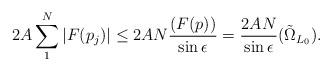
LaTeX: \begin{align*}2A\sum_1^N |F(p_j)| \leq 2AN \frac{(F(p))}{\sin \epsilon}= \frac{2AN }{\sin \epsilon} (\tilde{\Omega}_{L_0}).\end{align*}